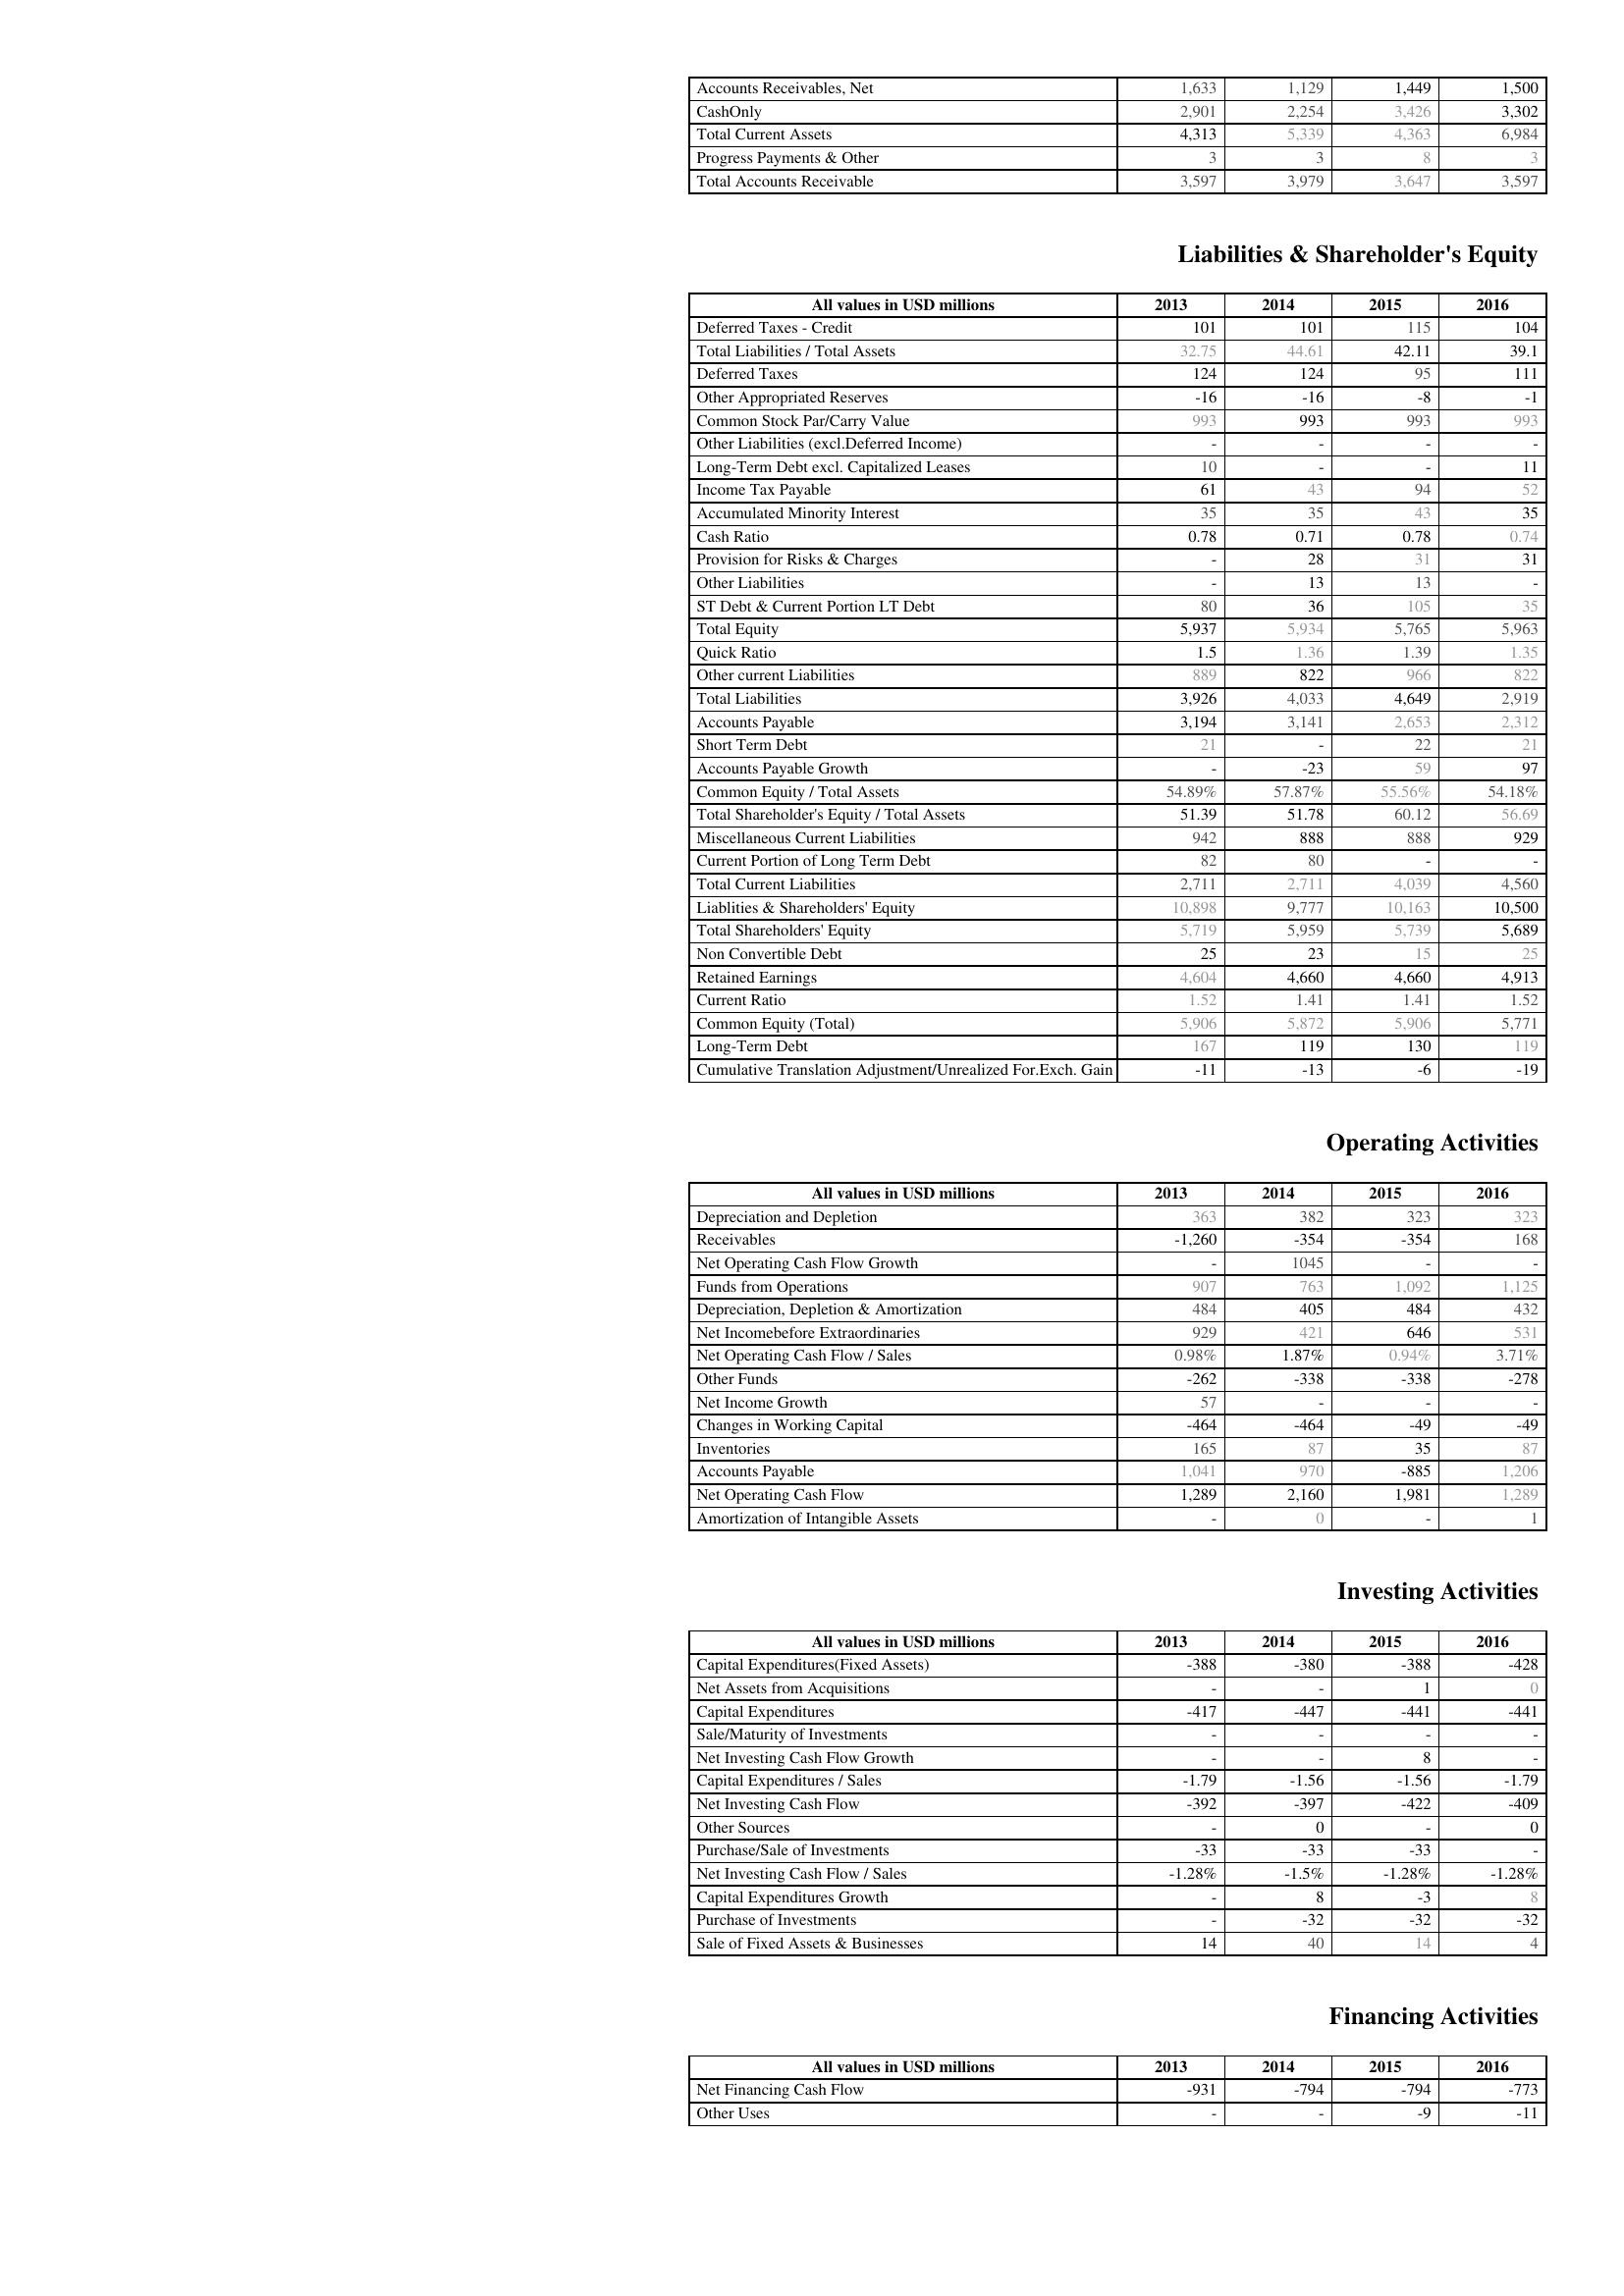
2013: Assets: Accounts Receivables, Net: 1,633
CashOnly: 2,901
Total Current Assets: 4,313
Progress Payments & Other: 3
Total Accounts Receivable: 3,597
Liabilities & Shareholder's Equity: Deferred Taxes - Credit: 101
Total Liabilities / Total Assets: 32.75
Deferred Taxes: 124
Other Appropriated Reserves: -16
Common Stock Par/Carry Value: 993
Other Liabilities (excl.Deferred Income): -
Long-Term Debt excl. Capitalized Leases: 10
Income Tax Payable: 61
Accumulated Minority Interest: 35
Cash Ratio: 0.78
Provision for Risks & Charges: -
Other Liabilities: -
ST Debt & Current Portion LT Debt: 80
Total Equity: 5,937
Quick Ratio: 1.5
Other current Liabilities: 889
Total Liabilities: 3,926
Accounts Payable: 3,194
Short Term Debt: 21
Accounts Payable Growth: -
Common Equity / Total Assets: 54.89%
Total Shareholder's Equity / Total Assets: 51.39
Miscellaneous Current Liabilities: 942
Current Portion of Long Term Debt: 82
Total Current Liabilities: 2,711
Liablities & Shareholders' Equity: 10,898
Total Shareholders' Equity: 5,719
Non Convertible Debt: 25
Retained Earnings: 4,604
Current Ratio: 1.52
Common Equity (Total): 5,906
Long-Term Debt: 167
Cumulative Translation Adjustment/Unrealized For.Exch. Gain: -11
Operating Activities: Depreciation and Depletion: 363
Receivables: -1,260
Net Operating Cash Flow Growth: -
Funds from Operations: 907
Depreciation, Depletion & Amortization: 484
Net Incomebefore Extraordinaries: 929
Net Operating Cash Flow / Sales: 0.98%
Other Funds: -262
Net Income Growth: 57
Changes in Working Capital: -464
Inventories: 165
Accounts Payable: 1,041
Net Operating Cash Flow: 1,289
Amortization of Intangible Assets: -
Investing Activities: Capital Expenditures(Fixed Assets): -388
Net Assets from Acquisitions: -
Capital Expenditures: -417
Sale/Maturity of Investments: -
Net Investing Cash Flow Growth: -
Capital Expenditures / Sales: -1.79
Net Investing Cash Flow: -392
Other Sources: -
Purchase/Sale of Investments: -33
Net Investing Cash Flow / Sales: -1.28%
Capital Expenditures Growth: -
Purchase of Investments: -
Sale of Fixed Assets & Businesses: 14
Financing Activities: Net Financing Cash Flow: -931
Other Uses: -
2014: Assets: Accounts Receivables, Net: 1,129
CashOnly: 2,254
Total Current Assets: 5,339
Progress Payments & Other: 3
Total Accounts Receivable: 3,979
Liabilities & Shareholder's Equity: Deferred Taxes - Credit: 101
Total Liabilities / Total Assets: 44.61
Deferred Taxes: 124
Other Appropriated Reserves: -16
Common Stock Par/Carry Value: 993
Other Liabilities (excl.Deferred Income): -
Long-Term Debt excl. Capitalized Leases: -
Income Tax Payable: 43
Accumulated Minority Interest: 35
Cash Ratio: 0.71
Provision for Risks & Charges: 28
Other Liabilities: 13
ST Debt & Current Portion LT Debt: 36
Total Equity: 5,934
Quick Ratio: 1.36
Other current Liabilities: 822
Total Liabilities: 4,033
Accounts Payable: 3,141
Short Term Debt: -
Accounts Payable Growth: -23
Common Equity / Total Assets: 57.87%
Total Shareholder's Equity / Total Assets: 51.78
Miscellaneous Current Liabilities: 888
Current Portion of Long Term Debt: 80
Total Current Liabilities: 2,711
Liablities & Shareholders' Equity: 9,777
Total Shareholders' Equity: 5,959
Non Convertible Debt: 23
Retained Earnings: 4,660
Current Ratio: 1.41
Common Equity (Total): 5,872
Long-Term Debt: 119
Cumulative Translation Adjustment/Unrealized For.Exch. Gain: -13
Operating Activities: Depreciation and Depletion: 382
Receivables: -354
Net Operating Cash Flow Growth: 1045
Funds from Operations: 763
Depreciation, Depletion & Amortization: 405
Net Incomebefore Extraordinaries: 421
Net Operating Cash Flow / Sales: 1.87%
Other Funds: -338
Net Income Growth: -
Changes in Working Capital: -464
Inventories: 87
Accounts Payable: 970
Net Operating Cash Flow: 2,160
Amortization of Intangible Assets: 0
Investing Activities: Capital Expenditures(Fixed Assets): -380
Net Assets from Acquisitions: -
Capital Expenditures: -447
Sale/Maturity of Investments: -
Net Investing Cash Flow Growth: -
Capital Expenditures / Sales: -1.56
Net Investing Cash Flow: -397
Other Sources: 0
Purchase/Sale of Investments: -33
Net Investing Cash Flow / Sales: -1.5%
Capital Expenditures Growth: 8
Purchase of Investments: -32
Sale of Fixed Assets & Businesses: 40
Financing Activities: Net Financing Cash Flow: -794
Other Uses: -
2015: Assets: Accounts Receivables, Net: 1,449
CashOnly: 3,426
Total Current Assets: 4,363
Progress Payments & Other: 8
Total Accounts Receivable: 3,647
Liabilities & Shareholder's Equity: Deferred Taxes - Credit: 115
Total Liabilities / Total Assets: 42.11
Deferred Taxes: 95
Other Appropriated Reserves: -8
Common Stock Par/Carry Value: 993
Other Liabilities (excl.Deferred Income): -
Long-Term Debt excl. Capitalized Leases: -
Income Tax Payable: 94
Accumulated Minority Interest: 43
Cash Ratio: 0.78
Provision for Risks & Charges: 31
Other Liabilities: 13
ST Debt & Current Portion LT Debt: 105
Total Equity: 5,765
Quick Ratio: 1.39
Other current Liabilities: 966
Total Liabilities: 4,649
Accounts Payable: 2,653
Short Term Debt: 22
Accounts Payable Growth: 59
Common Equity / Total Assets: 55.56%
Total Shareholder's Equity / Total Assets: 60.12
Miscellaneous Current Liabilities: 888
Current Portion of Long Term Debt: -
Total Current Liabilities: 4,039
Liablities & Shareholders' Equity: 10,163
Total Shareholders' Equity: 5,739
Non Convertible Debt: 15
Retained Earnings: 4,660
Current Ratio: 1.41
Common Equity (Total): 5,906
Long-Term Debt: 130
Cumulative Translation Adjustment/Unrealized For.Exch. Gain: -6
Operating Activities: Depreciation and Depletion: 323
Receivables: -354
Net Operating Cash Flow Growth: -
Funds from Operations: 1,092
Depreciation, Depletion & Amortization: 484
Net Incomebefore Extraordinaries: 646
Net Operating Cash Flow / Sales: 0.94%
Other Funds: -338
Net Income Growth: -
Changes in Working Capital: -49
Inventories: 35
Accounts Payable: -885
Net Operating Cash Flow: 1,981
Amortization of Intangible Assets: -
Investing Activities: Capital Expenditures(Fixed Assets): -388
Net Assets from Acquisitions: 1
Capital Expenditures: -441
Sale/Maturity of Investments: -
Net Investing Cash Flow Growth: 8
Capital Expenditures / Sales: -1.56
Net Investing Cash Flow: -422
Other Sources: -
Purchase/Sale of Investments: -33
Net Investing Cash Flow / Sales: -1.28%
Capital Expenditures Growth: -3
Purchase of Investments: -32
Sale of Fixed Assets & Businesses: 14
Financing Activities: Net Financing Cash Flow: -794
Other Uses: -9
2016: Assets: Accounts Receivables, Net: 1,500
CashOnly: 3,302
Total Current Assets: 6,984
Progress Payments & Other: 3
Total Accounts Receivable: 3,597
Liabilities & Shareholder's Equity: Deferred Taxes - Credit: 104
Total Liabilities / Total Assets: 39.1
Deferred Taxes: 111
Other Appropriated Reserves: -1
Common Stock Par/Carry Value: 993
Other Liabilities (excl.Deferred Income): -
Long-Term Debt excl. Capitalized Leases: 11
Income Tax Payable: 52
Accumulated Minority Interest: 35
Cash Ratio: 0.74
Provision for Risks & Charges: 31
Other Liabilities: -
ST Debt & Current Portion LT Debt: 35
Total Equity: 5,963
Quick Ratio: 1.35
Other current Liabilities: 822
Total Liabilities: 2,919
Accounts Payable: 2,312
Short Term Debt: 21
Accounts Payable Growth: 97
Common Equity / Total Assets: 54.18%
Total Shareholder's Equity / Total Assets: 56.69
Miscellaneous Current Liabilities: 929
Current Portion of Long Term Debt: -
Total Current Liabilities: 4,560
Liablities & Shareholders' Equity: 10,500
Total Shareholders' Equity: 5,689
Non Convertible Debt: 25
Retained Earnings: 4,913
Current Ratio: 1.52
Common Equity (Total): 5,771
Long-Term Debt: 119
Cumulative Translation Adjustment/Unrealized For.Exch. Gain: -19
Operating Activities: Depreciation and Depletion: 323
Receivables: 168
Net Operating Cash Flow Growth: -
Funds from Operations: 1,125
Depreciation, Depletion & Amortization: 432
Net Incomebefore Extraordinaries: 531
Net Operating Cash Flow / Sales: 3.71%
Other Funds: -278
Net Income Growth: -
Changes in Working Capital: -49
Inventories: 87
Accounts Payable: 1,206
Net Operating Cash Flow: 1,289
Amortization of Intangible Assets: 1
Investing Activities: Capital Expenditures(Fixed Assets): -428
Net Assets from Acquisitions: 0
Capital Expenditures: -441
Sale/Maturity of Investments: -
Net Investing Cash Flow Growth: -
Capital Expenditures / Sales: -1.79
Net Investing Cash Flow: -409
Other Sources: 0
Purchase/Sale of Investments: -
Net Investing Cash Flow / Sales: -1.28%
Capital Expenditures Growth: 8
Purchase of Investments: -32
Sale of Fixed Assets & Businesses: 4
Financing Activities: Net Financing Cash Flow: -773
Other Uses: -11